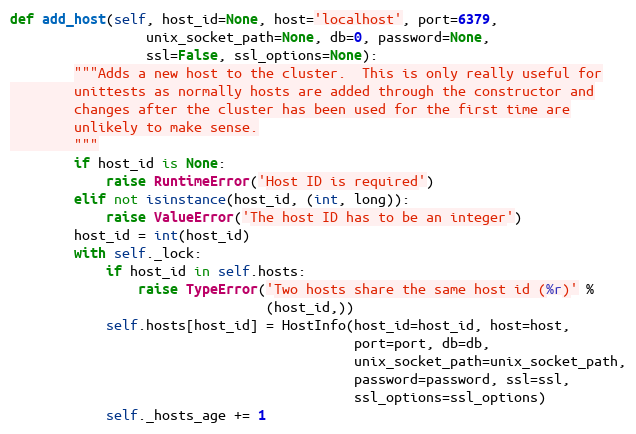
Language: Python
def add_host(self, host_id=None, host='localhost', port=6379,
                 unix_socket_path=None, db=0, password=None,
                 ssl=False, ssl_options=None):
        """Adds a new host to the cluster.  This is only really useful for
        unittests as normally hosts are added through the constructor and
        changes after the cluster has been used for the first time are
        unlikely to make sense.
        """
        if host_id is None:
            raise RuntimeError('Host ID is required')
        elif not isinstance(host_id, (int, long)):
            raise ValueError('The host ID has to be an integer')
        host_id = int(host_id)
        with self._lock:
            if host_id in self.hosts:
                raise TypeError('Two hosts share the same host id (%r)' %
                                (host_id,))
            self.hosts[host_id] = HostInfo(host_id=host_id, host=host,
                                           port=port, db=db,
                                           unix_socket_path=unix_socket_path,
                                           password=password, ssl=ssl,
                                           ssl_options=ssl_options)
            self._hosts_age += 1